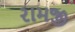
રામજી